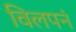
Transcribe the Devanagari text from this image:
विलपनं